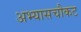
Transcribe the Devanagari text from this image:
अभ्यासचौकट